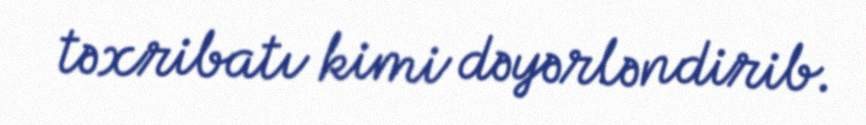
təxribatı kimi dəyərləndirib.